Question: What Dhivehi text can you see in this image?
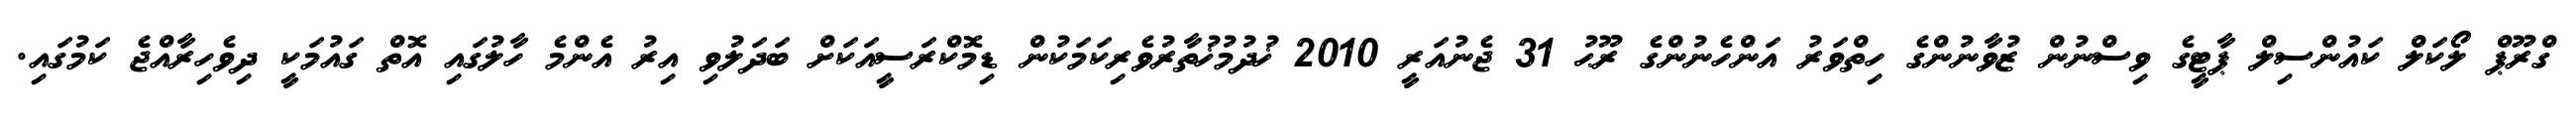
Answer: ގްރޫޕް ލޯކަލް ކައުންސިލް ޕާޓީގެ ވިސްނުން ޒުވާނުންގެ ހިތްވަރު އަންހެނުންގެ ރޫޙު 31 ޖެނުއަރީ 2010 ޚުދުމުޚުތާރުވެރިކަމަކުން ޑިމޮކްރަސީއަކަށް ބަދަލުވި އިރު އެންމެ ހާލުގައި އޮތް ގައުމަކީ ދިވެހިރާއްޖެ ކަމުގައި.